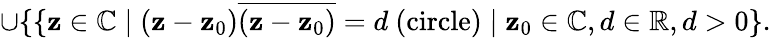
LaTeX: \cup\{ \{ \mathbf{z}\in\mathbb{{C}}\mid(\mathbf{z}-\mathbf{z}_{0}){\overline{{{(\mathbf{z}-\mathbf{z}_{0})}}}}=d\ {\mathrm{{(circle)}}}\mid\mathbf{z}_{0}\in\mathbb{{C}},d\in\mathbb{{R}},d>0\} .